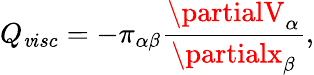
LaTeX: Q_{\mathit{v}isc}=-\pi_{\alpha\beta}\frac{{\partialV_{\alpha}}}{{\partialx_{\beta}}},